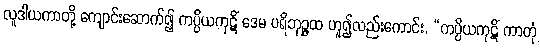
လူဒါယကာတို့ ကျောင်းဆောက်၍ ကပ္ပိယကုဋိံ ဒေမ ပရိဘုဉ္ဇထ ဟူ၍လည်းကောင်း, “ကပ္ပိယကုဋိံ ကာတုံ